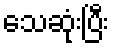
သေဆုံးပြီး